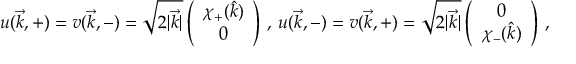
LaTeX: u ( \vec { k } , + ) = v ( \vec { k } , - ) = \sqrt { 2 | \vec { k } | } \left( \begin{array} { c } { { \chi _ { + } ( \hat { k } ) } } \\ { { 0 } } \end{array} \right) \, , \, u ( \vec { k } , - ) = v ( \vec { k } , + ) = \sqrt { 2 | \vec { k } | } \left( \begin{array} { c } { { 0 } } \\ { { \chi _ { - } ( \hat { k } ) } } \end{array} \right) \, ,